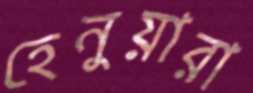
হেনুয়ারা